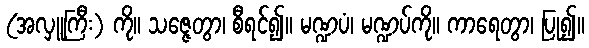
(အလှူကြီး) ကို။ သဇ္ဇေတွာ၊ စီရင်၍။ မဏ္ဍပံ၊ မဏ္ဍပ်ကို။ ကာရေတွာ၊ ပြု၍။